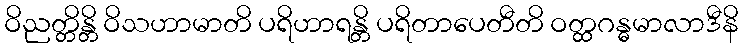
ဝိညတ္တိန္တိ ဝိသဟာမာတိ ပရိဟာရန္တိ ပရိတာပေတီတိ ဝတ္ထဂန္ဓမာလာဒီနိ